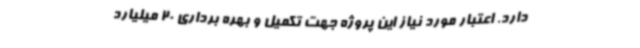
دارد. اعتبار مورد نیاز این پروژه جهت تکمیل و بهره برداری 20 میلیارد